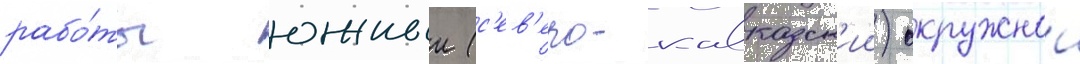
рабо́ты южныи (с'ев'еро-кавказск'ии) окружнои